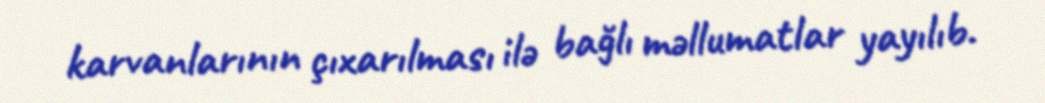
karvanlarının çıxarılması ilə bağlı məllumatlar yayılıb.